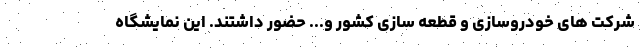
شرکت های خودروسازی و قطعه سازی کشور و... حضور داشتند. این نمایشگاه